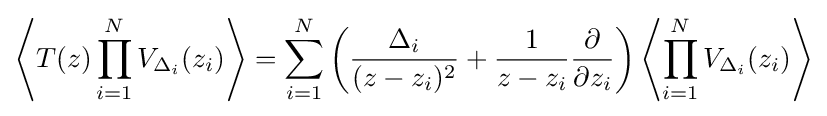
\left\langle T(z)\prod _{i=1}^{N}V_{\Delta _{i}}(z_{i})\right\rangle =\sum _{i=1}^{N}\left({\frac {\Delta _{i}}{(z-z_{i})^{2}}}+{\frac {1}{z-z_{i}}}{\frac {\partial }{\partial z_{i}}}\right)\left\langle \prod _{i=1}^{N}V_{\Delta _{i}}(z_{i})\right\rangle